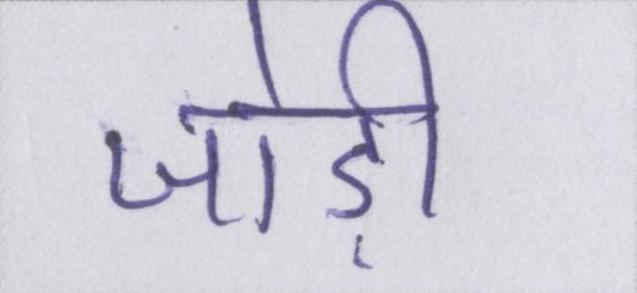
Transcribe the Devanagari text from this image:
जोड़ी